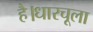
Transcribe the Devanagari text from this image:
है।धारचूला